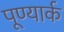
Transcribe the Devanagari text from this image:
पूण्यार्क